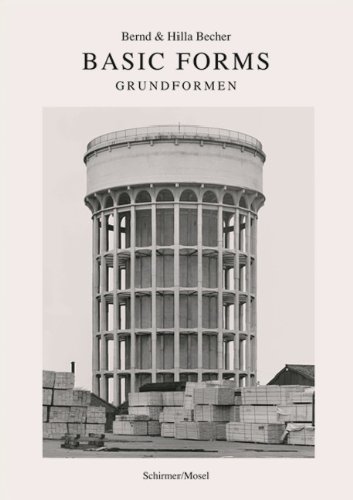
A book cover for Bernd & Hilla Becher: Basic Forms (English and German Edition); Arts & Photography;